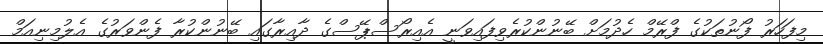
މިފަހަރު ފޯނުތަކުގެ ފްރޭމް ހެދުމަށް ބޭނުންކުރެވިފައިވަނީ އެއިރޯސްޕޭސްގެ ދާއިރާގައި ބޭނުންކުރާ ފެންވަރުގެ އެލުމިނިއަމް